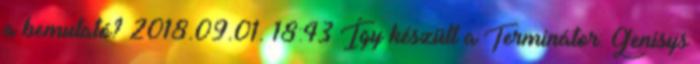
a bemutató? 2018.09.01. 18:43 Így készült a Terminátor: Genisys